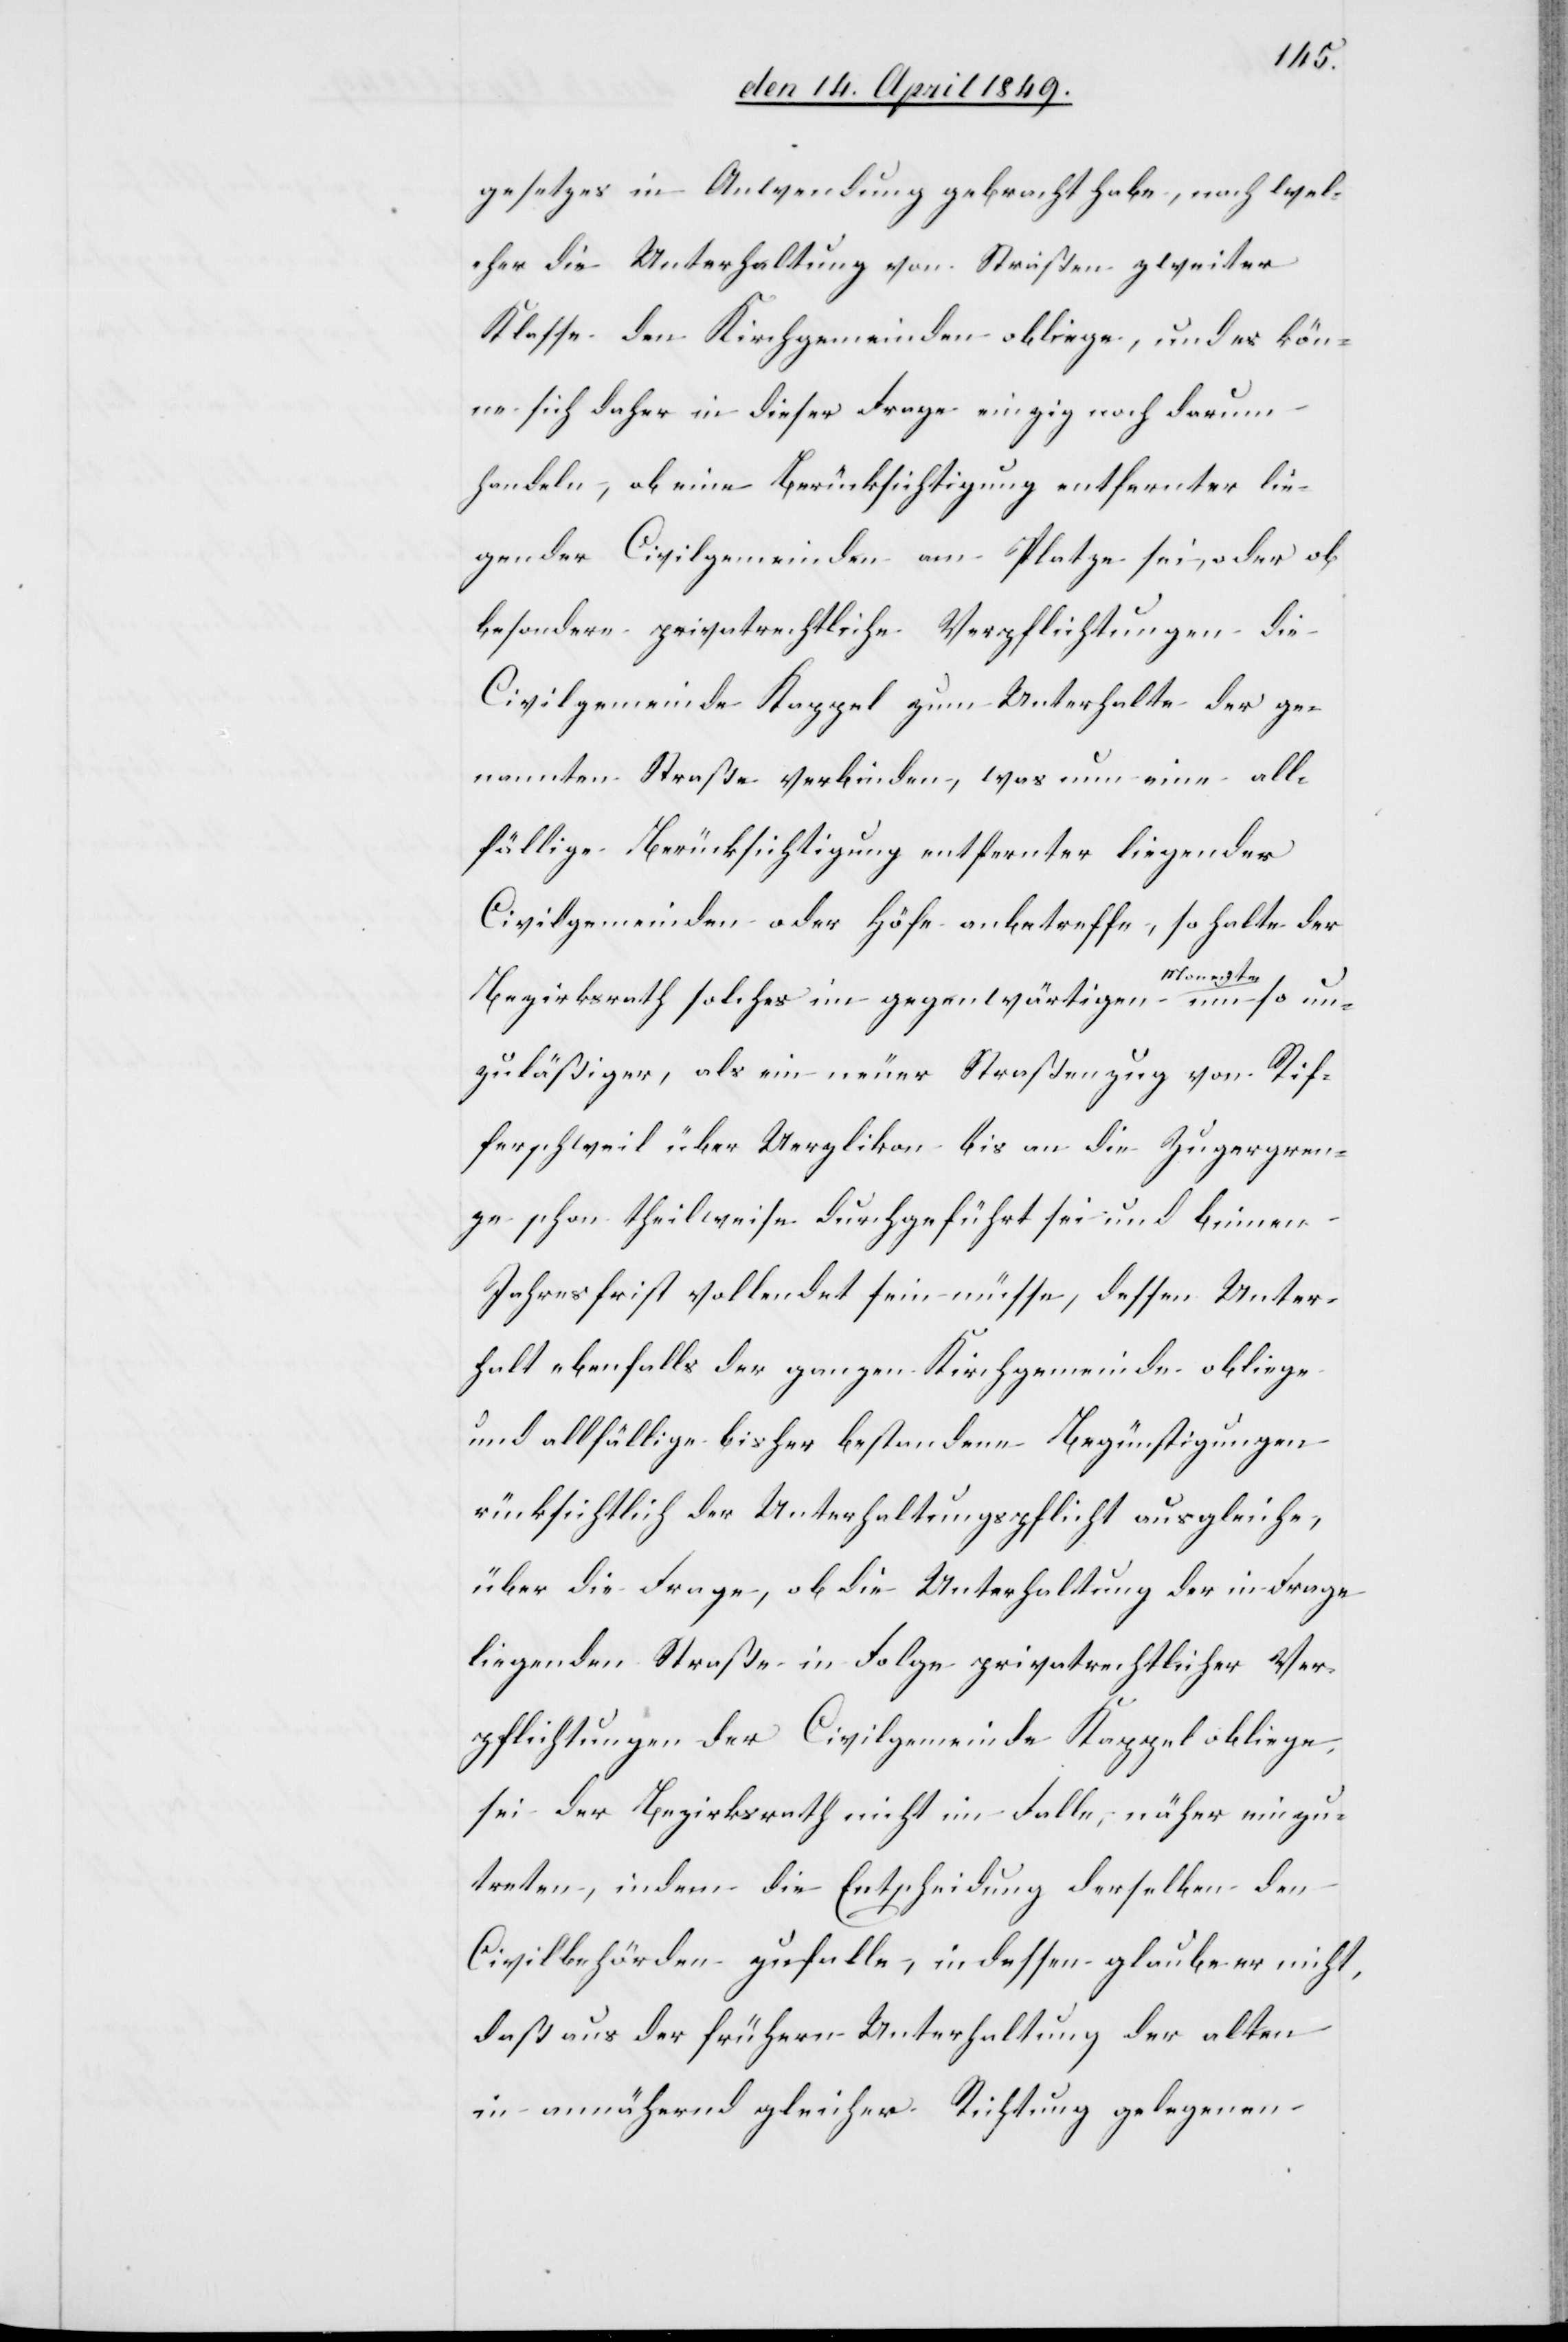
Gesetzes in Anwendung gebracht habe, nach wel¬
cher die Unterhaltung von Straßen zweiter
Klasse den Kirchgemeinden obliege, und es kön¬
ne sich daher in dieser Frage einzig noch darum
handeln, ob eine Berücksichtigung entfernter lie¬
gender Civilgemeinden am Platze sei, oder ob
besondere privatrechtliche Verpflichtungen die
Civilgemeinde Kappel zum Unterhalte der ge¬
nannten Straße verbinden, was nun eine all¬
fällige Berücksichtigung entfernter liegender
Civilgemeinden oder Höfe anbetreffe, so halte der
Bezirksrath solches im gegenwärtigen a-Momente-a un¬
zuläßiger, als ein neuer Straßenzug von Rif¬
ferschweil über Uerzlikon bis an die Zugergren¬
ze schon theilweise durchgeführt sei und binnen
Jahresfrist vollendet sein müsse, dessen Unter¬
halt ebenfalls der ganzen Kirchgemeinde obliege
und allfällige bisher bestandene Begünstigungen
rücksichtlich der Unterhaltungspflicht ausgleiche,
über die Frage, ob die Unterhaltung der in Frage
liegenden Straße in Folge privatrechtlicher Ver¬
pflichtungen der Civilgemeinde Kappel obliege,
sei der Bezirksrath nicht im Falle, näher einzu¬
treten, indem die Entscheidung derselben den
Civilbehörden zuhalte, indessen glaube er nicht,
daß aus der frühern Unterhaltung der alten
in annähernd gleicher Richtung gelegenen